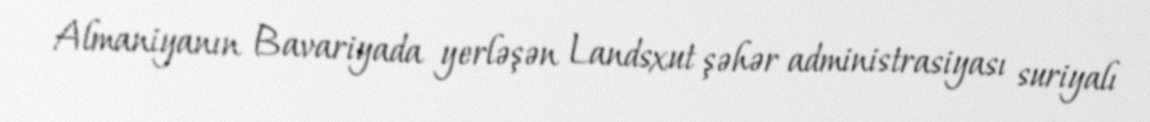
Almaniyanın Bavariyada yerləşən Landsxut şəhər administrasiyası suriyalı